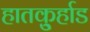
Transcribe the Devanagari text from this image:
हातकु्र्हाड